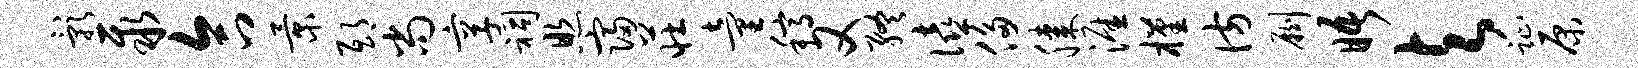
影聚合景邸尚享祠照寝庄童稿又终僖侈膝涯槿彷劂晤与趾原